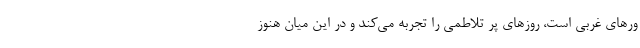
ور‌های غربی است، روز‌های پر تلاطمی را تجربه می‌کند و در این میان هنوز